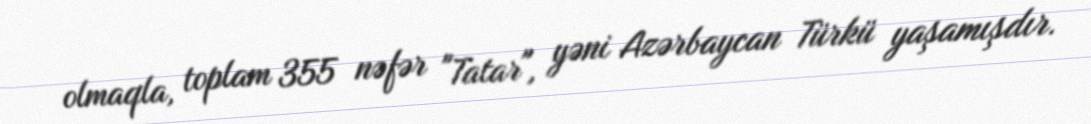
olmaqla, toplam 355 nəfər "Tatar", yəni Azərbaycan Türkü yaşamışdır.